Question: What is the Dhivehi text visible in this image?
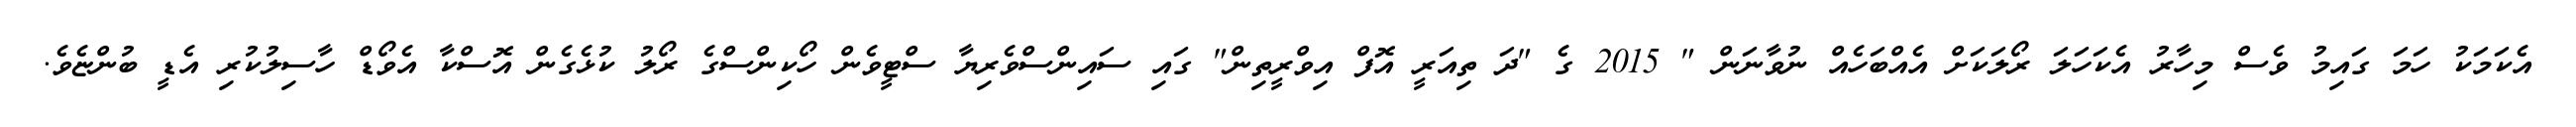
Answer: އެކަމަކު ހަމަ ގައިމު ވެސް މިހާރު އެކަހަލަ ރޯލަކަށް އެއްބަހެއް ނުވާނަން " 2015 ގެ "ދަ ތިއަރީ އޮފް އިވްރީތިން" ގައި ސައިންސްވެރިޔާ ސްޓީވެން ހޯކިންސްގެ ރޯލު ކުޅެގެން އޮސްކާ އެވޯޑް ހާސިލުކުރި އެޑީ ބުންޏެވެ.